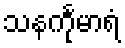
သနင်္ကုမာရံ